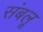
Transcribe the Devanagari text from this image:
संबलू